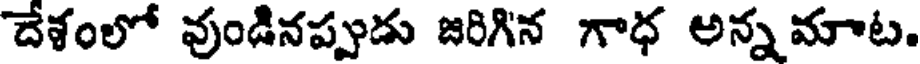
దేశంలో వుండినప్పుడు జరిగిన గాధ అన్న మాట.